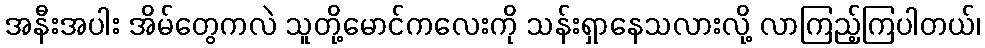
အနီးအပါး အိမ်တွေကလဲ သူတို့မောင်ကလေးကို သန်းရှာနေသလားလို့ လာကြည့်ကြပါတယ်၊